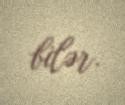
bilər.